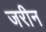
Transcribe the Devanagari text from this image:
जरीन